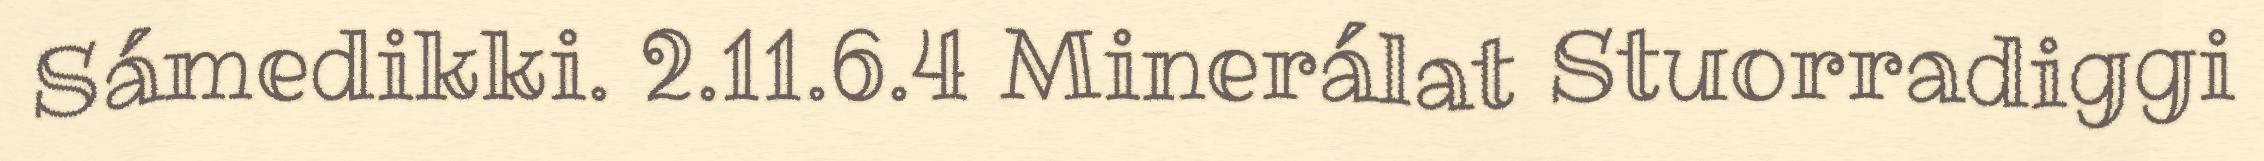
Sámedikki. 2.11.6.4 Minerálat Stuorradiggi